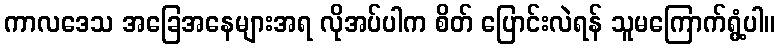
ကာလဒေသ အခြေအနေများအရ လိုအပ်ပါက စိတ် ပြောင်းလဲရန် သူမကြောက်ရွံ့ပါ။